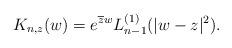
LaTeX: \begin{align*}K_{n,z}(w)=e^{\overline{z}w} L_{n-1}^{(1)}(|w-z|^2).\end{align*}